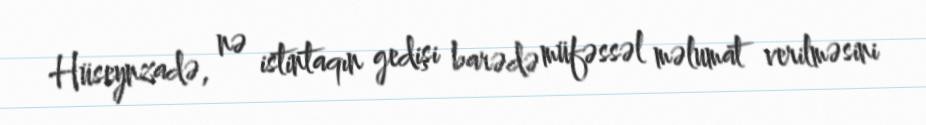
Hüseynzadə, nə istintaqın gedişi barədə müfəssəl məlumat verilməsini